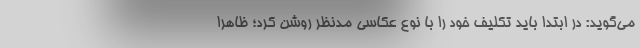
می‌گوید: در ابتدا باید تکلیف خود را با نوع عکاسی مدنظر روشن کرد؛ ظاهرا